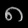
Digit: ၈